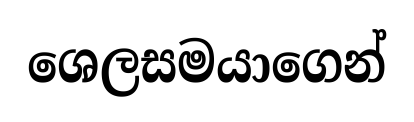
ශෙලසමයාගෙන්